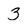
Character: 3